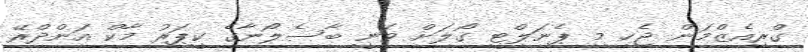
ގްރިއެޒްމަން ޖެހި މި ޕެނަލްޓީ ގޯލަށް ވަނީ ބާސެލޯނާގެ ކީޕަރު މާކް އަންދްރޭ